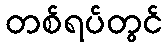
တစ်ရပ်တွင်